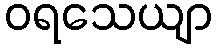
ဝရသေယျာ